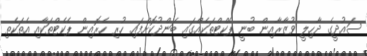
ސައުދީގެ ދާހިލީ ވުޒާރާއިން ބުނީ ޕެކްޓްތަކެއްގައި ބަންދުކޮށްފައި ހުރި ހެރޮއިން ޕެކެޓްތަކާއި އެތަކެތި